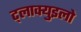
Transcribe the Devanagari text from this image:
ट्लाक्युइलो